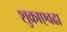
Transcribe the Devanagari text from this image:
शुक्राएवढा